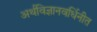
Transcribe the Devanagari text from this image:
अर्थविज्ञानवर्धिनीत